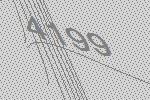
4199